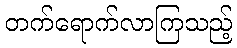
တက်ရောက်လာကြသည့်